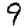
Digit: 9